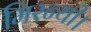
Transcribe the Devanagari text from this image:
मिरन्यी।